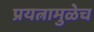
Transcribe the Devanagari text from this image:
प्रयत्नामुळेच